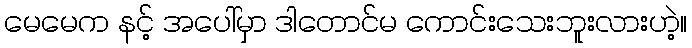
မေမေက နင့် အပေါ်မှာ ဒါတောင်မ ကောင်းသေးဘူးလားဟဲ့။